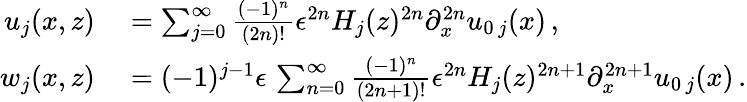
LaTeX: \begin{array}{rl}{u_{j}(x,z)}&{{}=\sum_{j=0}^{\infty}\frac{(-1)^{n}}{(2n)!}\epsilon^{2n}{H_{j}}(z)^{2n}\partial_{x}^{2n}u_{0\, j}(x)\, ,}\\ {w_{j}(x,z)}&{{}=(-1)^{j-1}\epsilon\, \sum_{n=0}^{\infty}\frac{(-1)^{n}}{(2n+1)!}\epsilon^{2n}H_{j}(z)^{2n+1}\partial_{x}^{2n+1}u_{0\, j}(x)\, .}\end{array}